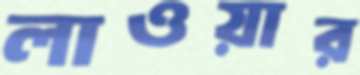
লাওয়ার